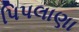
પિપલાણા